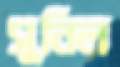
সুনিল